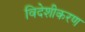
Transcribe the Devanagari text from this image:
विदेशीकरण